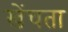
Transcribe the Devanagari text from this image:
खेंचता